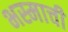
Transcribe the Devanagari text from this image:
भस्माची